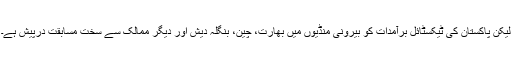
لیکن پاکستان کی ٹیکسٹائل برآمدات کو بیرونی منڈیوں میں بھارت، چین، بنگلہ دیش اور دیگر ممالک سے سخت مسابَقت درپیش ہے۔